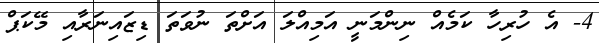
4- އެ ހުރިހާ ކަމެއް ނިންމަނީ އަމިއްލަ އަށްތަ ނުވަތަ ޑިޒައިނަރާއި މޭކަޕް